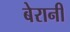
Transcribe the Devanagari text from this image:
बेरानी